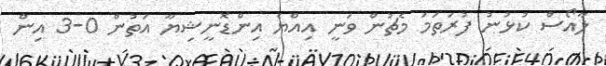
ލާއޯސް ކުޅުނު ފުރަތަމަ މެޗުން ވަނީ އިއްޔެ އިންޑޮނީޝިޔާ އަތުން 0-3 އިން